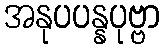
အနုပပန္နပုဗ္ဗာ